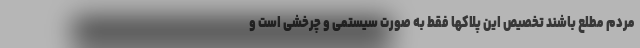
مردم مطلع باشند تخصیص این پلاکها فقط به صورت سیستمی و چرخشی است و